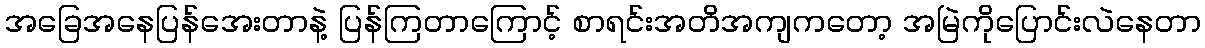
အခြေအနေပြန်အေးတာနဲ့ ပြန်ကြတာကြောင့် စာရင်းအတိအကျကတော့ အမြဲကိုပြောင်းလဲနေတာ